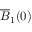
\overline { { B } } _ { 1 } ( 0 )